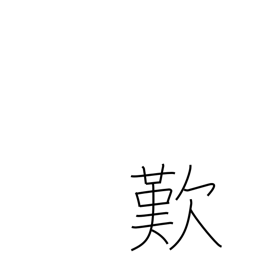
Meaning: lamentation